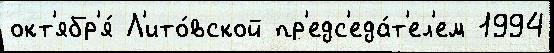
окт'ябр'я́ Л'ито́вской пр'едс'еда́т'ел'ем 1994